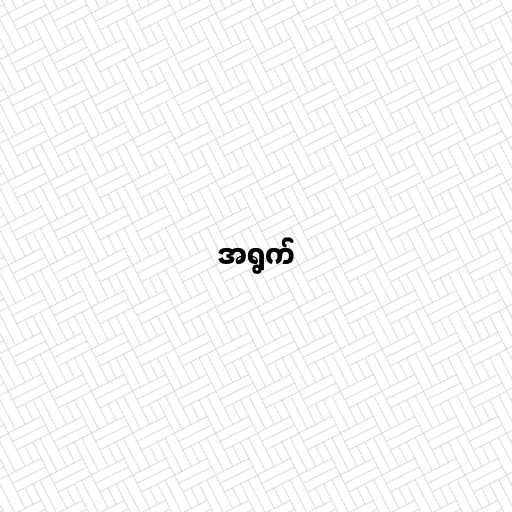
အရွက်